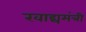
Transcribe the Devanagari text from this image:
खाद्यमंत्री